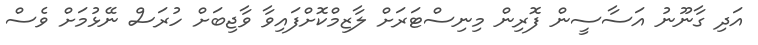
އަދި ގާނޫނު އަސާސީން ފޮރިން މިނިސްޓަރަށް ލާޒިމްކޮށްފައިވާ ވާޖިބަށް ހުރަސް ނޭޅުމަށް ވެސް